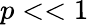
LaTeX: p<<1